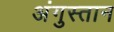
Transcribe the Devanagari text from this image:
अंगुस्तान